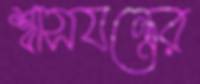
শ্বাসযন্ত্রের